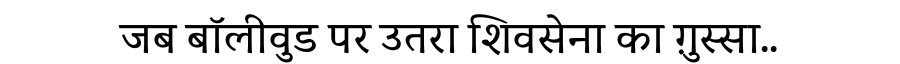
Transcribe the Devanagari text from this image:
जब बॉलीवुड पर उतरा शिवसेना का ग़ुस्सा..